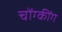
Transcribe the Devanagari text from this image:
चोंग्कींग